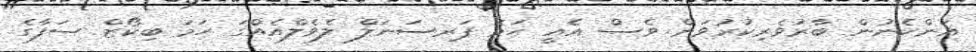
އަންހެނުން ބާރުވެރިކުރުވަން ވެސް އެއީ ހަމަ ޕަރސަނަލް ލެވެލްއެއްގަ ހަމަ ބިކޯޒް ސަފާގެ